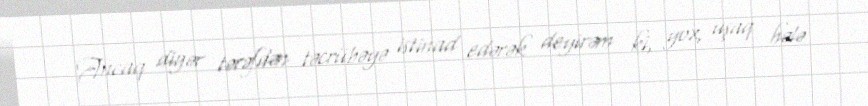
Ancaq digər tərəfdən təcrübəyə istinad edərək deyirəm ki, yox, uşaq hələ